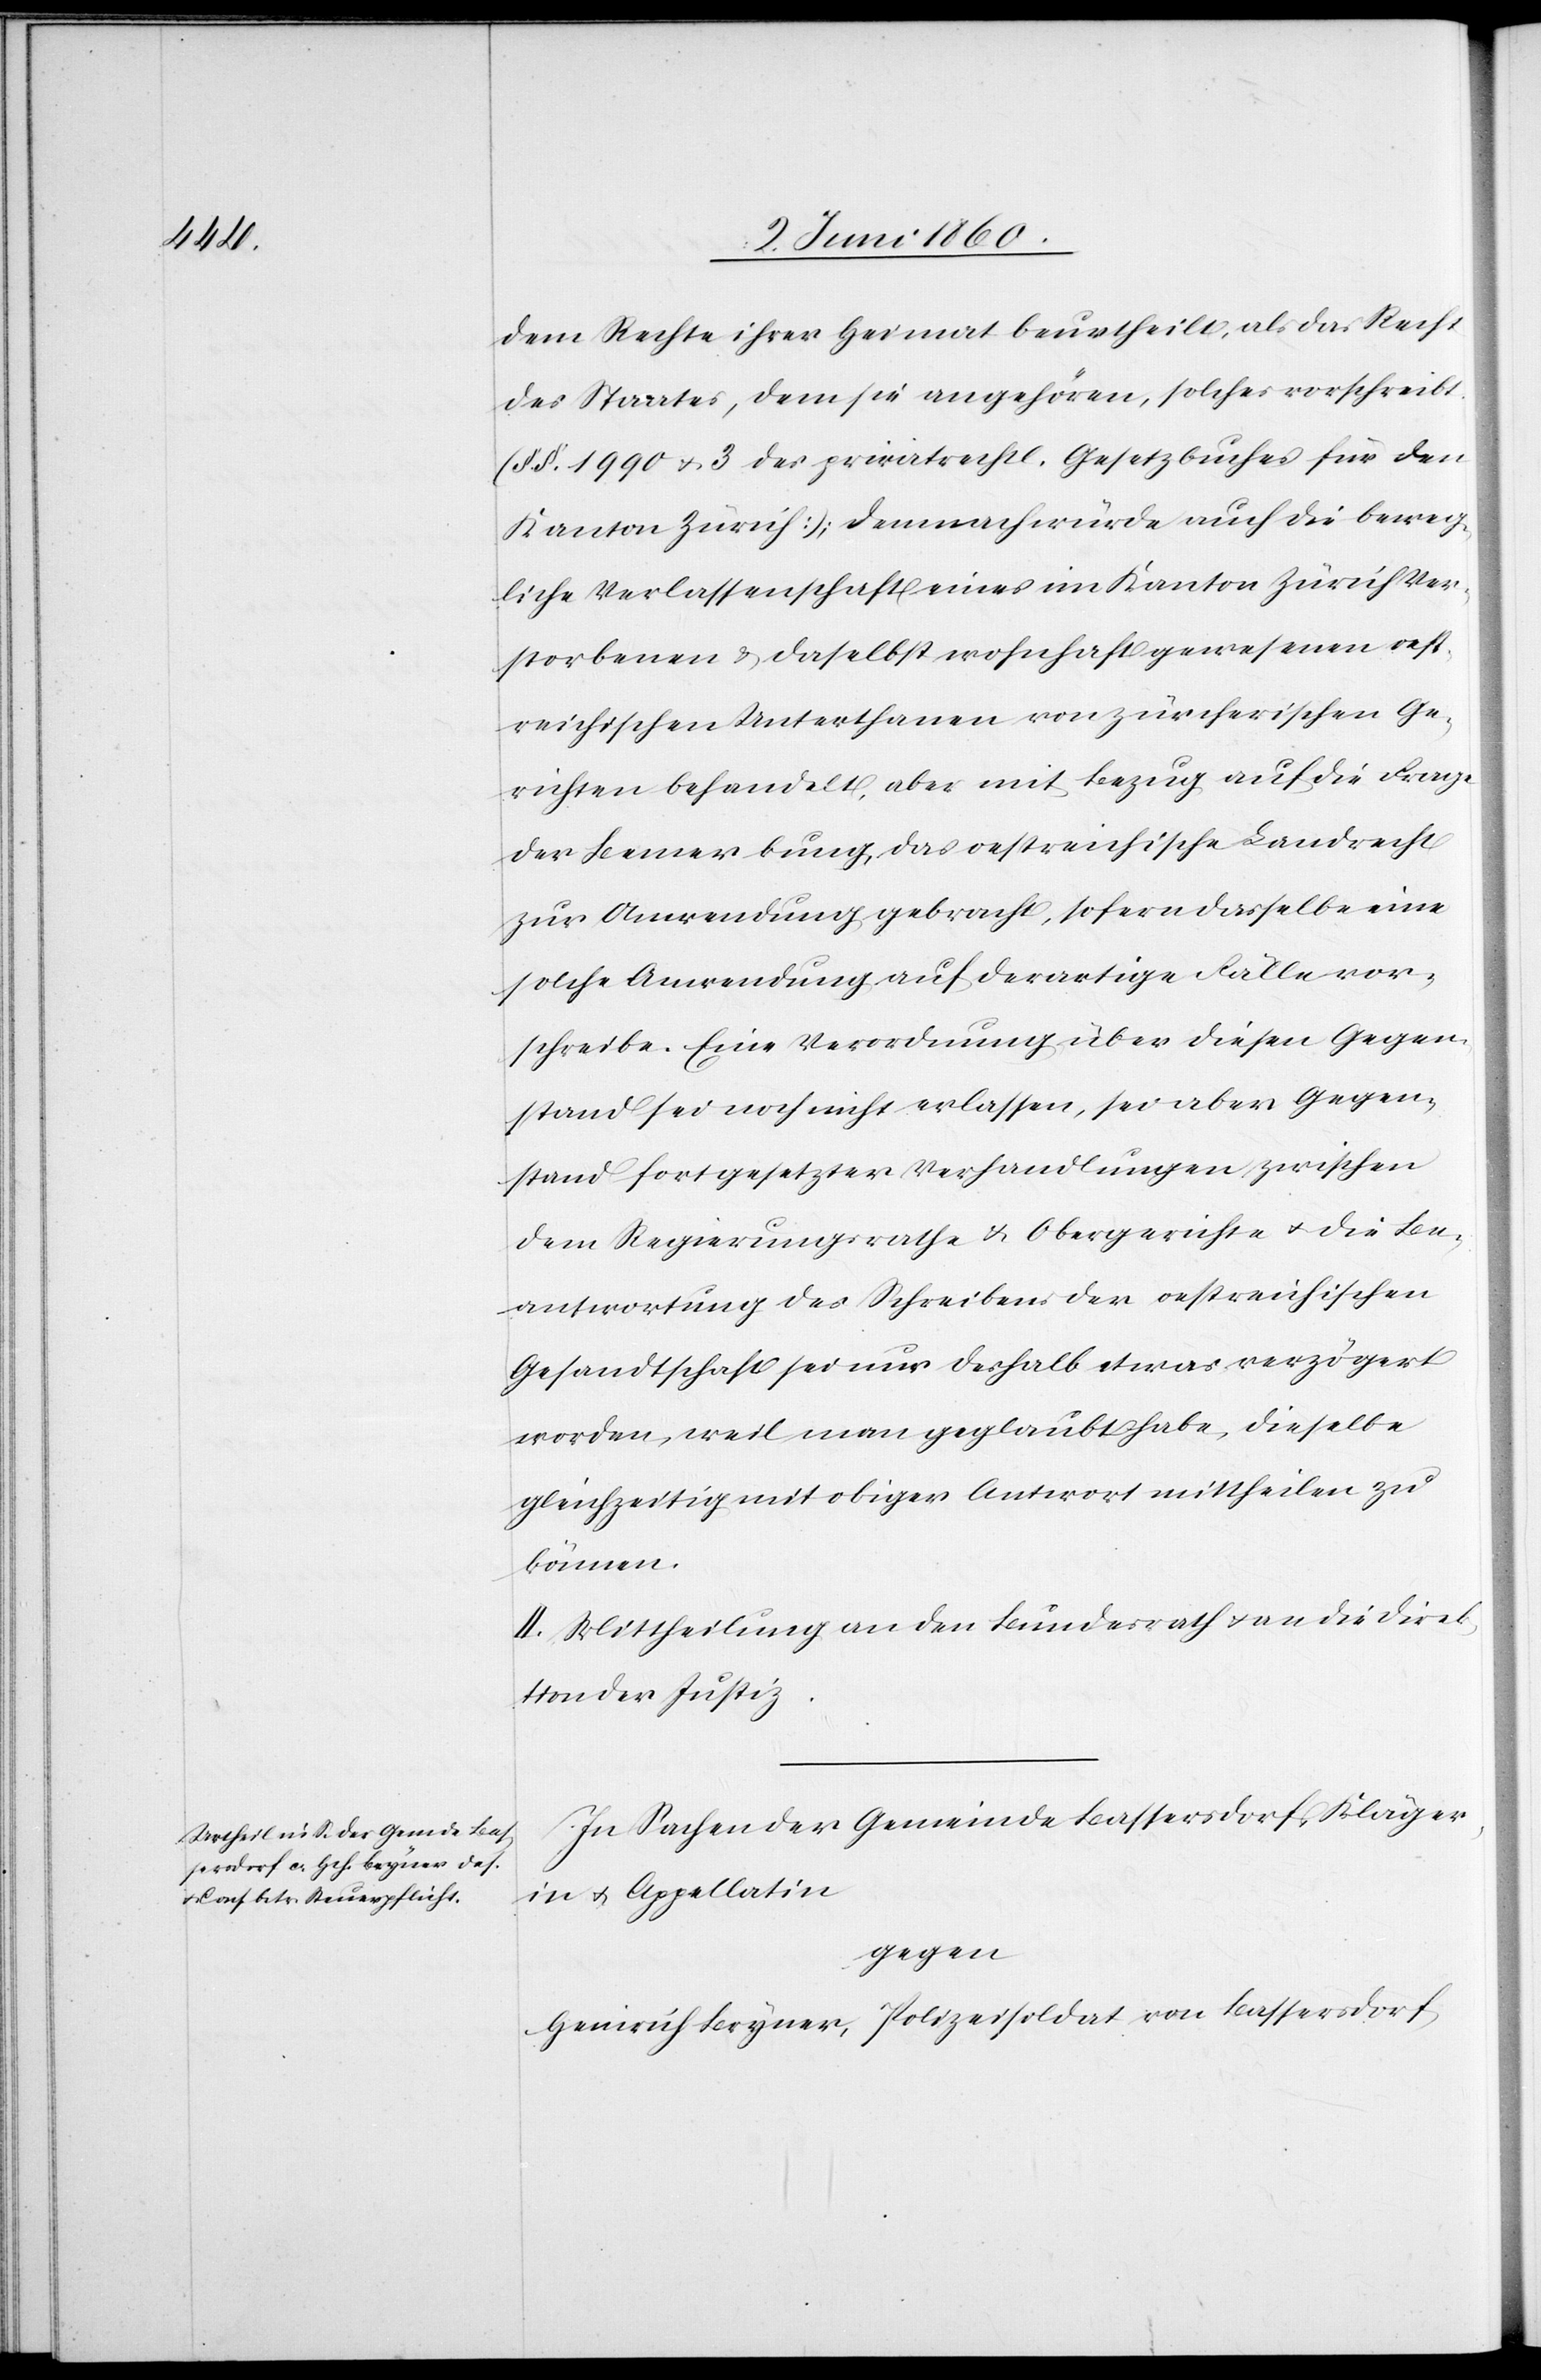
dem Rechte ihrer Heimat beurtheilt, als das Recht
des Staates, dem sie angehören, solches vorschreibt.
(§§. 1990 u. 3 privatrechtl. Gesetzbuches für den
Kanton Zürich); demnach würde auch die beweg¬
liche Verlassenschaft eines im Kanton Zürich Ver¬
storbenen u. daselbst wohnhaft gewesenen oest¬
reichischen Unterthanen von zürcherischen Ge¬
richten behandelt, aber mit Bezug auf die Frage
der Bemerkung, das oestreichische Landrecht
zur Anwendung gebracht, sofern dasselbe eine
solche Anwendung auf derartige Fälle vor¬
schreibe. Eine Verordnung über diesen Gegen¬
stand sei noch nicht erlassen, sei aber Gegen¬
stand fortgesetzter Verhandlungen zwischen
dem Regierungsrathe u. Obergerichte u. die Be¬
antwortung des Schreibens der oestreichischen
Gesandtschaft sei nur deshalb etwas verzögert
worden, weil man geglaubt habe, dieselbe
gleichzeitig mit obiger Antwort mittheilen zu
können.
II. Mittheilung an den Bundesrath u. an die Direk¬
tion der Justiz.
In Sachen der Gemeinde Basserdorf, Kläger¬
in u. Appellatin
gegen
Heinrich Bryner, Polizeisoldat von Bassersdorf